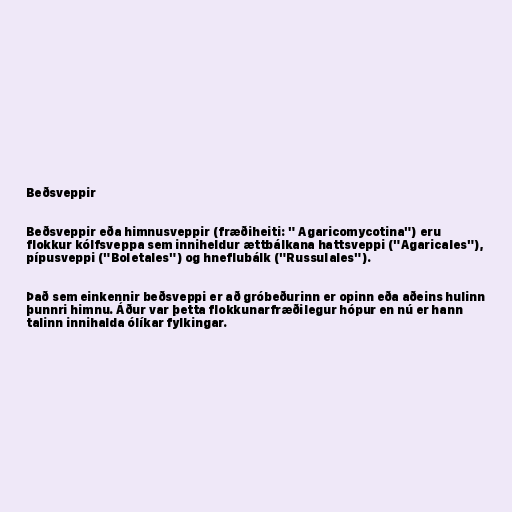
Beðsveppir

Beðsveppir eða himnusveppir (fræðiheiti: " Agaricomycotina") eru
flokkur kólfsveppa sem inniheldur ættbálkana hattsveppi ("Agaricales"),
pípusveppi ("Boletales") og hneflubálk ("Russulales").

Það sem einkennir beðsveppi er að gróbeðurinn er opinn eða aðeins hulinn
þunnri himnu. Áður var þetta flokkunarfræðilegur hópur en nú er hann
talinn innihalda ólíkar fylkingar.